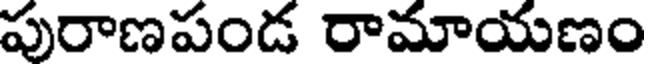
పురాణపండ రామాయణం